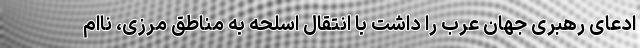
ادعای رهبری جهان عرب را داشت با انتقال اسلحه به مناطق مرزی،‌ ناام